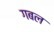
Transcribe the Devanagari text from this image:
गबल